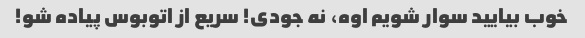
خوب بیایید سوار شویم اوه، نه جودی! سریع از اتوبوس پیاده شو!